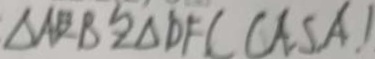
\Delta A B B \cong \Delta D F C ( C A S A )